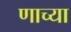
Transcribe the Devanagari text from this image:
णाच्या